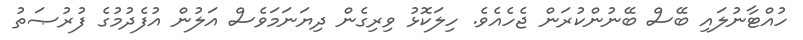
ހުއްޓާނުލައި ބޭސް ބޭނުންކުރަން ޖެހެއެވެ. ހިލަކޮޅު ވިރިގެން ދިޔަނަމަވެސް އަލުން އުފެދުމުގެ ފުރުޞަތު